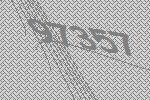
97357